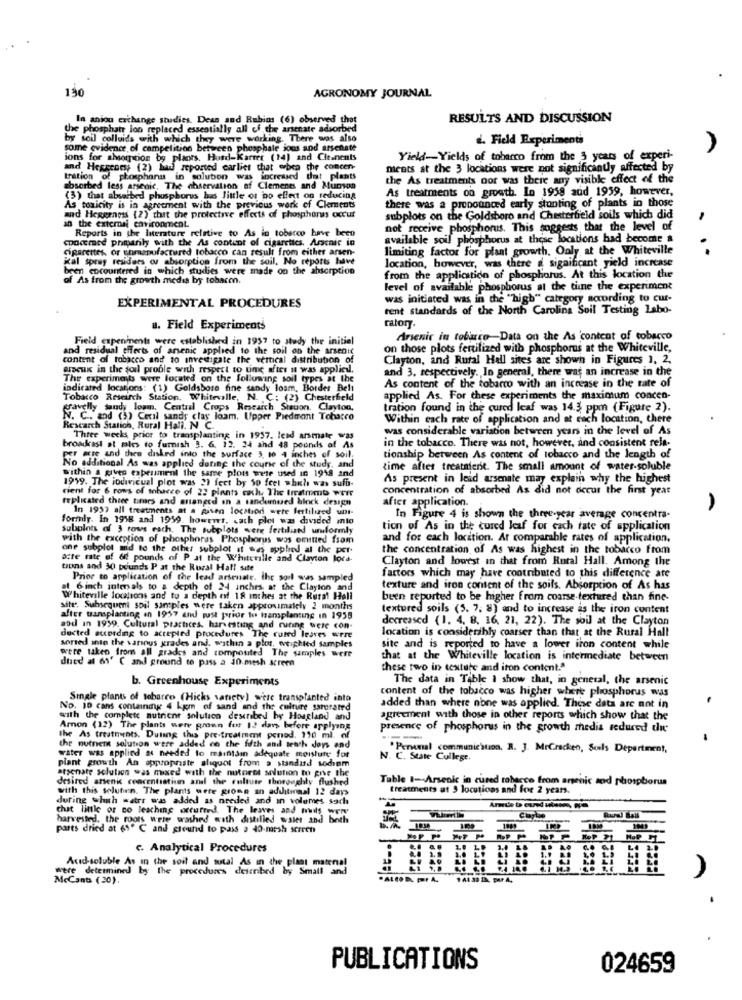
130
AGRONOMY JOURNAL
In aniou exchange studies. Dess and Rubins (6) observed that
RESULTS AND DISCUSSION
the phosphate lon replaced essentially all of the arsenate adsorbed
by soil colloids with which they were working. There was also
d. Field Experiments
some evidence of competition between phosphale jous and arschate
ions for absorption by plaots. Hord-Karrer (14) and Cie.nents
Yield-Yields of tobarco from the 3 years of experi-
and Heggenes (2) had reported carlier that orbea the concen-
ments at the 3 locations were not significantly affected by
tration of phosphonu
in solubon was increased that plants
the As treatments oor was there any visible effect of the
absorbed less arsenic, The ahservation of Clements and Munson
As treatments on growth. In 1958 add 1959, however,
(3) that absarbed phosphorus buis little or no effect on reducing
there was a pronounced early stunting of plants in those
As toxicity is in agreement with the previous work of Clements
in the external environment.
and Hegerness (2) that the protective effects of phosphores occur
subplots on the Goldsboro and Chesterfield soils which did
Reports in the literature relative to As in tobacco have been
not receive phosphorus. This suggests that the level of
concemed primarily with the As content of cigarettes. Arsenic in
available soil phosphorus at these locations had become a
cigarettes, or unmanufactured tobacco can result from either arsen-
limiting factor for plant growth. Only at the Whiteville
ray residaes os absorption from the soil. No reports have
location, however, was there a significant yield increase
. ..
been cocountered in which studies were made on the absorption
of As from the growth medis by tobacon.
from the application of phosphorus. At this location the
level of available phosphorus at the tine the experiment
was initiated was in the "high" category according to cur-
EXPERIMENTAL PROCEDURES
tent standards of the North Carolina Soil Testing Labo-
u. Field Experiments
Field expenments were established in 1957 to study the initial
Arsenic in toburro-Data on the As content of tobacco
and residual effects of arsenic applied to the soil on the arsenic
on those plots fertilized with phosphorus at the Whiteville,
content of tobacco and to investigate the vertical distribution of
Clayton, and Rural Hall sites are shown in Figures 1. 2.
eracuk in the soil proble with respect to une after it was applied.
and 3, respectively. In general, there was an increase in the
The experiments were located on the following soil types at the
indicated locations: (1) Goldsbore fine sandy loam, Border Belt
As content of the tobarco with an increase in the rate of
Tobacco Research Station, Whitevalle, N. C: (2) Chesterfield
applied As. For these experiments the maximum concen-
travelly sandy loam, Central Crops Research Stauon. Clayton,
tration found in the cured leaf was 14.3 ppm (Figure 2).
N. C .. and (3) Cexil sandy clay loam. Upper Piedmont Tobacco
Within each rate of application and at each location, there
Research Statich, Rural Hall. N. C.
was considerable variation between years in the level of As
Three weeks prior to transplanting in 1957. lead arsmate was
broadcast at mies to furnish 3. 6. 12. 24 ahd 48 pounds of As
in the tobacco. There was not, however, and consistent rela-
per acre and then disked into the surface 3. to 4 inches of soil.
tionship between As content of tobacco and the length of
No additional As was applied during the course of the study, and
within & gives experiment the same plots were used in 1918 and
time after treatnierit. The small amount of water-soluble
1999. The individual plot was 2) fect by 50 feel which was sufb-
As present in lead arsenate may explain why the highest
cient for 6 rows of tobacco of 22 plants cich, The treatment WEIT
concentration of absorbed As did not occur the first year
replicated three times and arranged in a sandumued block design
after application.
In 1957 all treatments at a given location were fertilized unt-
formly. In 1918 and 1959. howeres, cach plot was divided into
In Figure 4 is shown the three-year average concentra-
Subplots of 3 rows each. The subplots were fertiliand urformly
tion of As in the cured leaf for cach tate of application
with the exception of phosphores Phosphorus was omitted fsom
and for each location. Ar comparable rates of application.
one subplot md to the other subplot it was sophed al the per-
the concentration of As was highest in the tobacco from
azte rate of 60 pounds of P at the Whiterille and Clayton lors.
Clayton and lowest in that from Rotal Hall. Among the
tions and 30 pounds P at the Rural Hall site
factors which may have contributed to this difference are
Prior to application of the lead arsenale. the soil sus sampled
6 inch intervals to a depth of 24 inches at the Clayton and
texture and iron content of the soils. Absorption of As has
Whiteville locations and to a depth of 18 inches at the Rural Hall
been reported to be higher from coarse textured than fine-
site. Subsequent soil samples were taken approximately 2 months
textured soils (5. 7. 8) and to increase as the iron content
after transplanting in 1957 and just prior to transplanting in 1958
decreased (1, 4, 8, 16, 21, 22). The soil at the Clayton
and in 1999. Cultural practices. harvesting and ruining were con-
location is considerably coarser than that at the Rural Hall
dected according to accepted procedures The cured leaves were
sorted into the various grades and. within a plot, weighted samples
were taken from all grades and composited The samples were
site and is reported to have a lower iron content while
dued al 61' C and ground to pass a 30 mesh screen
that at the Whiteville location is intermediate between
these two in texture and iton content."
b. Greenhouse Experiments
The data in Table I show that, in general, the arsenic
content of the tobacco was higher where phosphorus was
Single plants of tobarco (Hicks satiety) were transplanted into
No. 10 cans containing 4 kgm of sand and the culture sarorated
added than where none was applied. These data are not in
with the complete nutrient solution described by Hoagland and
agreement with those in other reports which show that the
Amon (12) The plants were prawn for 1.2 days before applying
presence of phosphorus in the growth media reduced die
the As treatments. Duling this pre treatment pened. 110 ml. of
water was applied as needed to maintain adequate moisture for
the nutnem solution were added co the fifth and tenth days and
"Perenal communication. R. J. MrCracken, Soils Department,
plant growth An appropriate aliquot from a standard sodiom
N. C. State College.
atsenate solution was mixed with the nutoret solution to give the
desired arsenic ceacentistiun and the culture thoroughly flushed
with this solution. The plants wete groms an adultinaal 12 days
Table I-Arsenic in cured reharce from arsenic and phosphorus
treatments at 3 locations and for 2 years.
during which water was added as needed and in volumes soch
chat little or co leaching occured. The leaves and mails wery
harvested. the roots were washed with distilled asier and both
parts dried at 69º C and ground to pass a 40-marsh screen
c. Analytical Procedures
Acid-soluble As in the soil and sutal As in the plaat matenal
were determined by the procedures desinbed by Small and
A
McCants (20).
PUBLICATIONS
024659